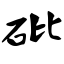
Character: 砒